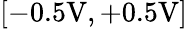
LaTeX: [-0.5\mathrm{V},+0.5\mathrm{V}]